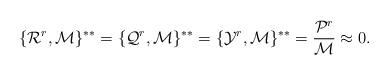
LaTeX: \begin{align*}\{{\cal R}^r,{\cal M}\}^{**}= \{{\cal Q}^r,{\cal M}\}^{**}=\{{\cal Y}^r,{\cal M}\}^{**}=\frac{{\cal P}^r}{{\cal M}} \approx0. \end{align*}